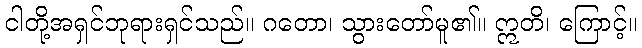
ငါတို့အရှင်ဘုရားရှင်သည်။ ဂတော၊ သွားတော်မူ၏။ ဣတိ၊ ကြောင့်။